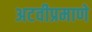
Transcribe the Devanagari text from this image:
अटवीप्रमाणे